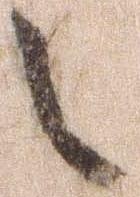
之